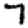
Digit: 7